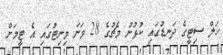
ހަލް ސިޓީގެ ދަނޑުގައި ކުޅުނު މެޗުގެ 28 ވަނަ މިނިޓުގައި އެ ޓީމަށް